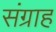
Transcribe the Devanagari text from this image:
संग्राह